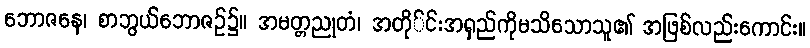
ဘောဇနေ၊ စာဘွယ်ဘောဇဉ်၌။ အမတ္တညုတံ၊ အတို်င်းအရှည်ကိုမသိသောသူ၏ အဖြစ်လည်းကောင်း။